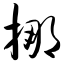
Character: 挪